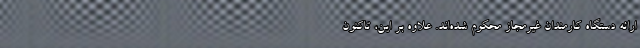
ارائه دستگاه کارمندان غیرمجاز محکوم شده‌اند. علاوه بر این، تاکنون